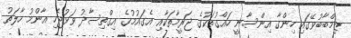
ޒިމްބާބުވޭގައި ހިންގާ އިންސާނީ ހައްގުތަކުގެ ޖަރީމާތަކާއި އެގައުމުގެ އިގްތިސާދު ވަޅުޖެހި އާންމު ހާލަތު